Vaccination Hyderabad 1890-1903 - 1890-1903
Year: 1890
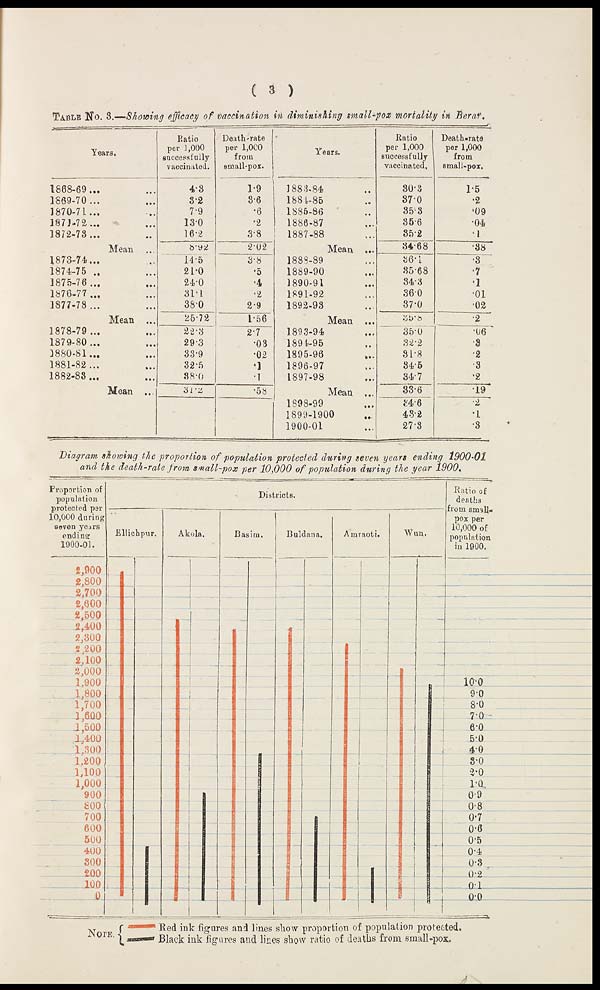
( 3 )
TABLE No. 3.—Showing efficacy of vaccination in diminishing small-pox mortality in Berar.
Years.
1868-69... ...
1869-70... ...
1870-71... ...
1871-72... ...
1872-78... ...
Mean ... ...
1873-74... ...
1874-75... ...
1875-76... ...
1876-77... ...
1877-78... ...
Mean ... ...
1878-79... ...
1879-80... ...
1880-81... ...
1881-82...
1882-88...
Mean ...
Ratio
per 1,000
successfully
vaccinated.
4.3
3.2
7.9
13.0
16.2
8.92
14.5
21.0
24.0
31.1
38.0
25.72
22.3
293
33.9
32.5
38.0
31.2
Death-rate
per 1,000
from
small-pox.
1.9
3.6
.6
.2
3.8
2.02
3.8
.5
.4
.2
2.9
1.56
2.7
.03
.02
.1
.1
.58
Years.
1883-84 ...
1884-85 ...
1885-86 ...
1886-87 ...
1887-88 ...
Mean ...
1888-89 ...
1889-90 ...
1890-91 ...
1891-92 ...
1892-93...
Mean ...
1893-94 ...
1894-95 ...
1895-96 ...
1896-97
1897-98
Mean ...
1898-99 ...
1899-1900 ...
1900-01 ...
Ratio
per 1,000
successfully
vaccinated.
30.3
37.0
35.3
35.6
35.2
34.68
36.1
85.68
84.3
36.0
37.0
35.8
35.0
32.2
31.8
34.5
34.7
33.6
34.6
43.2
27.8
Death-rate
per 1,000
from
small-pox.
1.5
.2
.09
.04
.1
.38
.3
.7
.1
.01
.02
.2
.06
.3
.2
.3
.2
.19
.2
.1
.3
Diagram showing the proportion of population protected during seven years ending
1900-01
and the death-rate from small-pox per 10,000 of population during the year 1900.